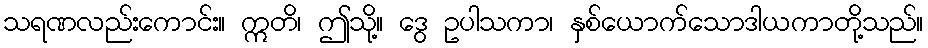
သရဏလည်းကောင်း။ ဣတိ၊ ဤသို့။ ဒွေ ဥပါသကာ၊ နှစ်ယောက်သောဒါယကာတို့သည်။